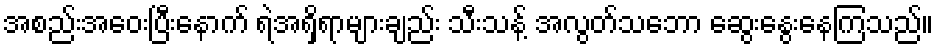
အစည်းအဝေးပြီးနောက် ရဲအရှိရာများချည်း သီးသန့် အလွတ်သဘော ဆွေးနွေးနေကြသည်။